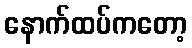
နောက်ထပ်ကတော့